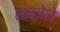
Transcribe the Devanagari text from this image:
समजेले